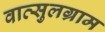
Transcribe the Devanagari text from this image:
वात्सुलग्राम